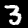
Digit: 3